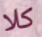
كلا